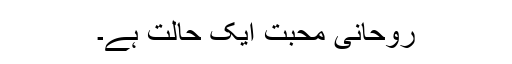
روحانی محبت ایک حالت ہے۔